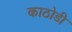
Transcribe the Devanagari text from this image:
काठोडी